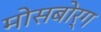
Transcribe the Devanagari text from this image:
मोसबोर्ग